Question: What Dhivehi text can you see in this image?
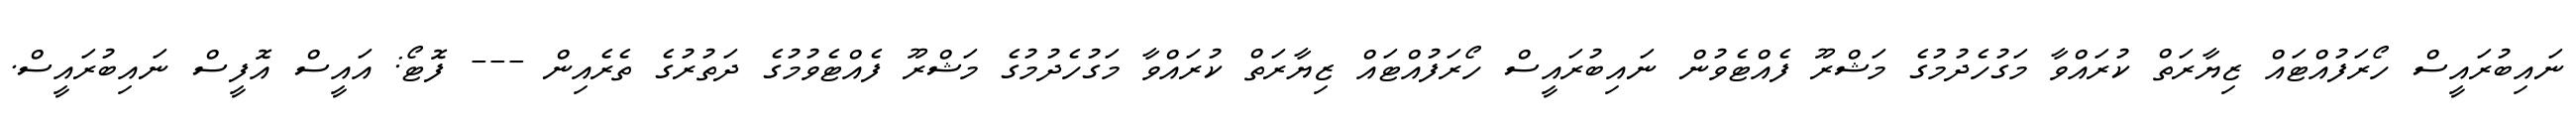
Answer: ނައިބުރައީސް ހޯރަފުއްޓައް ޒިޔާރަތް ކުރައްވާ މަގުހެދުމުގެ މަޝްރޫ ފެއްޓެވުން ނައިބުރައީސް ހޯރަފުއްޓައް ޒިޔާރަތް ކުރައްވާ މަގުހެދުމުގެ މަޝްރޫ ފެއްޓެވުމުގެ ދަތުރުގެ ތެރެއިން --- ފޮޓޯ: އައީސް އޮފީސް ނައިބުރައީސް.